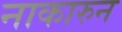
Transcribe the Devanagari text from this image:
नाकारुन